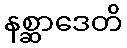
နစ္ဆာဒေတိ